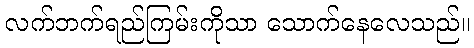
လက်ဘက်ရည်ကြမ်းကိုသာ သောက်နေလေသည်။